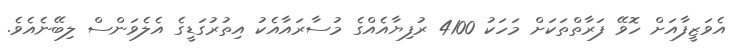
އެވަޒީފާއަށް ހޮވޭ ފަރާތްތަކަށް މަހަކު 4100 ރުފިޔާއެއްގެ މުސާރައާއެކު އިތުރުގަޑީގެ އެލެވަންސް ލިބޭނެއެވެ.